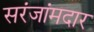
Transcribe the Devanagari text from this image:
सरंजांमदार